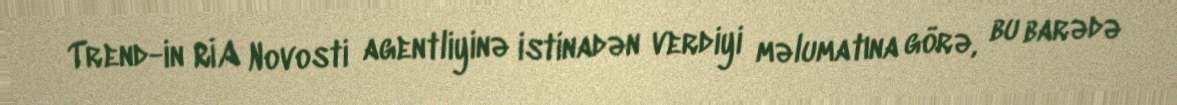
Trend-in RİA Novosti agentliyinə istinadən verdiyi məlumatına görə, bu barədə